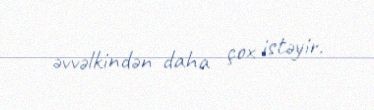
əvvəlkindən daha çox istəyir.